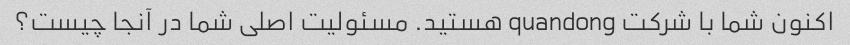
اکنون شما با شرکت quandong هستید. مسئولیت اصلی شما در آنجا چیست؟